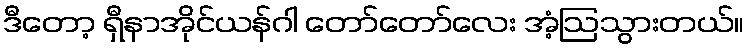
ဒီတော့ ရှီနာအိုင်ယန်ဂါ တော်တော်လေး အံ့ဩသွားတယ်။